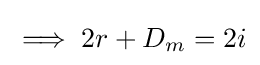
\implies 2r+D_{m}=2i